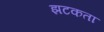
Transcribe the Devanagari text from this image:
झटकता